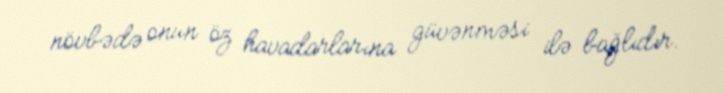
növbədə onun öz havadarlarına güvənməsi ilə bağlıdır.